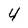
Character: 4